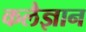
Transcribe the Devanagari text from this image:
कलैज्ञान